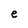
Character: e